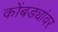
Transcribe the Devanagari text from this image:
कोंबड्यांवर